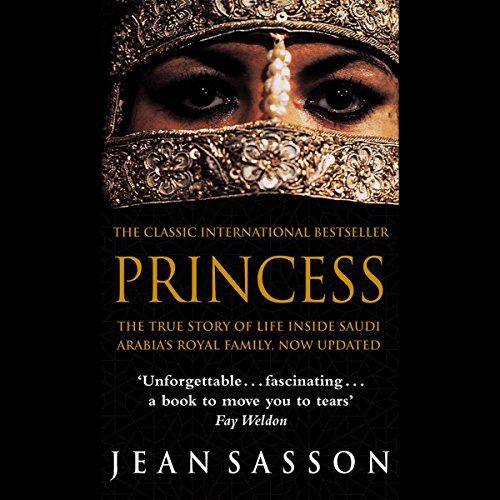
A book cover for Princess: A True Story of Life Behind the Veil in Saudi Arabia; Jean Sasson; Biographies & Memoirs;